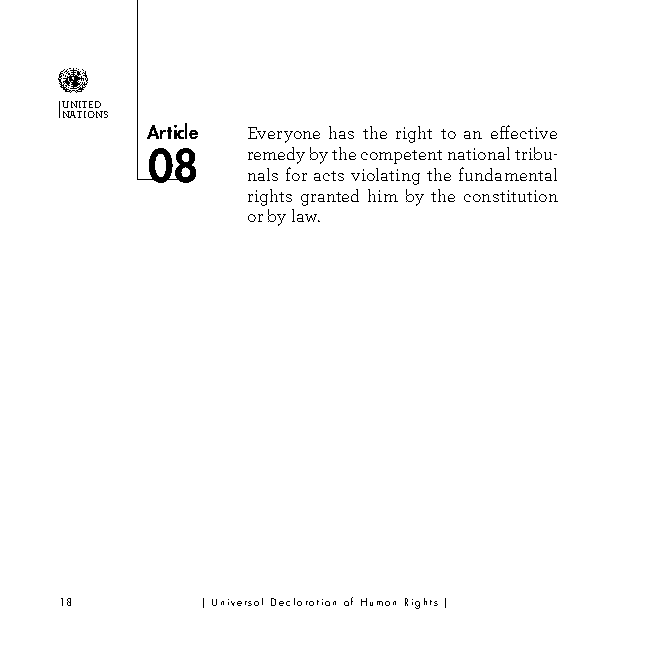
UNITED
 NATIONS
 Article Everyone has the right to an effective
 08    remedy by the competent national tribu-
 nals for acts violating the fundamental
 rights granted him by the consti tution
 or by law.
 18       | Universal Declaration of Human Rights |